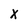
Character: X